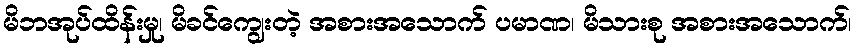
မိဘအုပ်ထိန်းမှု၊ မိခင်ကျွေးတဲ့ အစားအသောက် ပမာဏ၊ မိသားစု အစားအသောက်၊